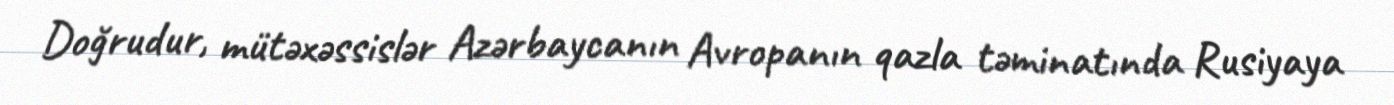
Doğrudur, mütəxəssislər Azərbaycanın Avropanın qazla təminatında Rusiyaya